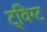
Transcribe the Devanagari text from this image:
ट्विग्ट